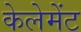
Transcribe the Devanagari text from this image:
केलेमेंट